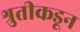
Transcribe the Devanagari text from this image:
श्रुतीकडून